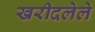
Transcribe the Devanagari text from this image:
खरीदलेले